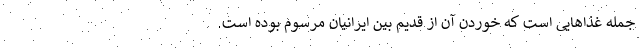
جمله غذاهایی است که خوردن آن از قدیم بین ایرانیان مرسوم بوده است.